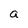
Character: a